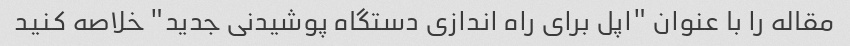
مقاله را با عنوان "اپل برای راه اندازی دستگاه پوشیدنی جدید" خلاصه کنید